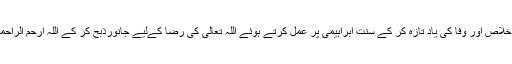
اور عیدالاضحیٰ امام الموحدین، جد الانبیاء سیدناابراہیم کی قربانی ، ایثار، اخلاص اور وفا کی یاد تازہ کر کے سنت ابراہیمی پر عمل کرتے ہوئے اللہ تعالیٰ کی رضا کےلیے جانورذبح کر کے اللہ ارحم الراحمین کی بارگاہ سے بے پناہ اجروثواب اور نیکیاں حاصل کرنے کا دن ہے ۔